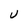
Character: U